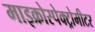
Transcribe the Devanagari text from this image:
माइक्रोस्पेक्ट्रोमीटर